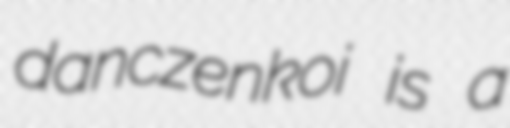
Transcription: danczenkoi is a